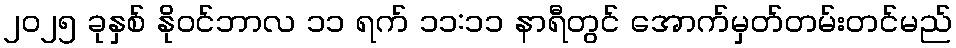
၂၀၂၅ ခုနှစ် နိုဝင်ဘာလ ၁၁ ရက် ၁၁:၁၁ နာရီတွင် အောက်မှတ်တမ်းတင်မည်